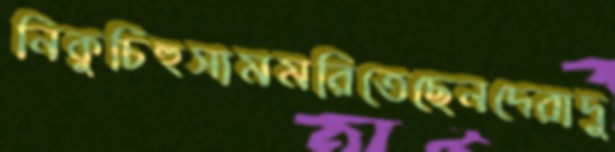
নিকুচিহুসামমরিতেছেনদেরাদু